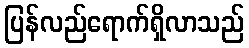
ပြန်လည်ရောက်ရှိလာသည်